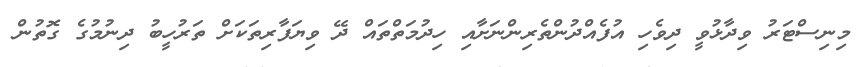
މިނިސްޓަރު ވިދާޅުވީ ދިވެހި އުފެއްދުންތެރިންނަށާއި ހިދުމަތްތައް ދޭ ވިޔަފާރިތަކަށް ތަރުހީބު ދިނުމުގެ ގޮތުން